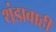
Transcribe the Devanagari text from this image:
थंडावाही